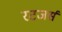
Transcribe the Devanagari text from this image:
रटजर्स